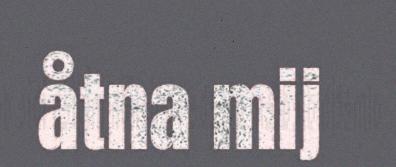
åtna mij